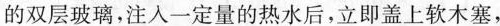
的双层玻璃，注入一定量的热水后，立即盖上软木塞，